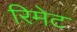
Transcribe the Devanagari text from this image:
रिमेट